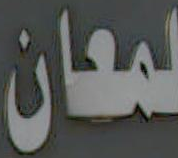
لمعان